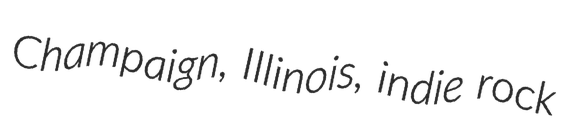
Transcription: Champaign, Illinois, indie rock